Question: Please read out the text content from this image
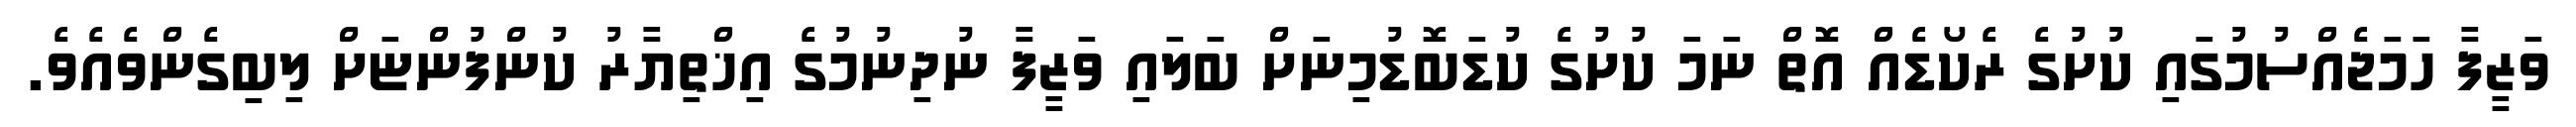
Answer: ވަޒީފާ ހަމަޖެއްސުމުގައި ކުށުގެ ރެކޯޑެއް އޮތް ނަމަ ކުށުގެ ކުޑަބޮޑުމިނަށް ބަލައި ވަޒީފާ ނުދިނުމުގެ އިޚްތިޔާރު ކުންފުންޏަށް ލިބިގެންވެއެވެ.